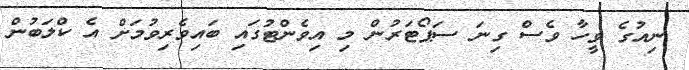
ނިއުގެ ވީހާ ވެސް ގިނަ ސަޕޯޓަރުން މި އިވެންޓުގައި ބައިވެރިވުމަށް އެ ކްލަބުން